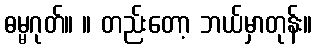
ဓမ္မဂုတ်။ ။ တည်းတော့ ဘယ်မှာတုန်း။